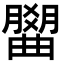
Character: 𣎭